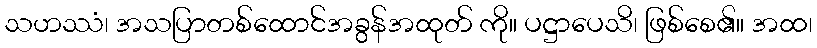
သဟဿံ၊ အသပြာတစ်ထောင်အခွန်အထုတ် ကို။ ပဋ္ဌာပေသိ၊ ဖြစ်စေ၏။ အထ၊